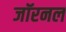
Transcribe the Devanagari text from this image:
जॉरनल